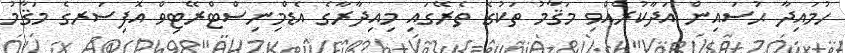
ހުމައިދާ ޙުސައިން އަދާކުރެއްވި މަޤާމު ތަކުގެ ތެރޭގައި މިއިދާރާގެ އެޑްމިނިސްޓްރޭޓިވް އޮފިސަރގެ މަޤާމު